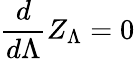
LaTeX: {\frac{d}{d\Lambda}}Z_{\Lambda}=0